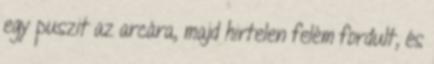
egy puszit az arcára, majd hirtelen felém fordult, és